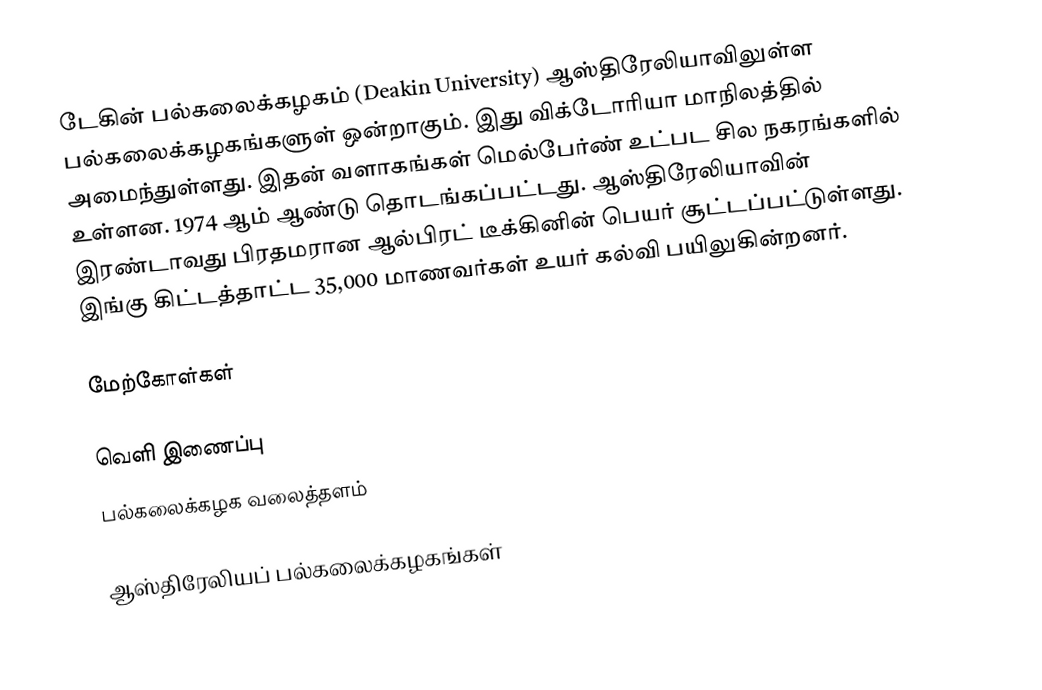
டேகின் பல்கலைக்கழகம் (Deakin University) ஆஸ்திரேலியாவிலுள்ள பல்கலைக்கழகங்களுள் ஒன்றாகும். இது விக்டோரியா மாநிலத்தில் அமைந்துள்ளது. இதன் வளாகங்கள் மெல்பேர்ண் உட்பட சில நகரங்களில் உள்ளன. 1974 ஆம் ஆண்டு தொடங்கப்பட்டது. ஆஸ்திரேலியாவின் இரண்டாவது பிரதமரான ஆல்பிரட் டீக்கினின் பெயர் சூட்டப்பட்டுள்ளது. இங்கு கிட்டத்தாட்ட 35,000 மாணவர்கள் உயர் கல்வி பயிலுகின்றனர்.

மேற்கோள்கள்

வெளி இணைப்பு
 பல்கலைக்கழக வலைத்தளம்

ஆஸ்திரேலியப் பல்கலைக்கழகங்கள்